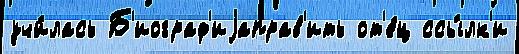
учи́лась Б'иограф'иjаправ'ить от'е́ц ссы́лк'и